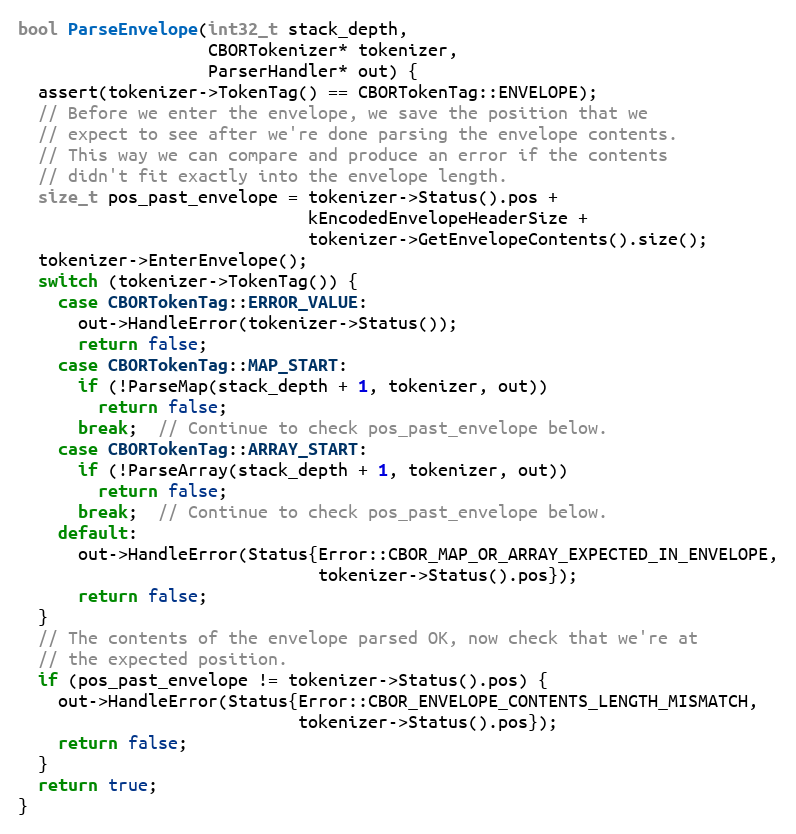
Language: C++
bool ParseEnvelope(int32_t stack_depth,
                   CBORTokenizer* tokenizer,
                   ParserHandler* out) {
  assert(tokenizer->TokenTag() == CBORTokenTag::ENVELOPE);
  // Before we enter the envelope, we save the position that we
  // expect to see after we're done parsing the envelope contents.
  // This way we can compare and produce an error if the contents
  // didn't fit exactly into the envelope length.
  size_t pos_past_envelope = tokenizer->Status().pos +
                             kEncodedEnvelopeHeaderSize +
                             tokenizer->GetEnvelopeContents().size();
  tokenizer->EnterEnvelope();
  switch (tokenizer->TokenTag()) {
    case CBORTokenTag::ERROR_VALUE:
      out->HandleError(tokenizer->Status());
      return false;
    case CBORTokenTag::MAP_START:
      if (!ParseMap(stack_depth + 1, tokenizer, out))
        return false;
      break;  // Continue to check pos_past_envelope below.
    case CBORTokenTag::ARRAY_START:
      if (!ParseArray(stack_depth + 1, tokenizer, out))
        return false;
      break;  // Continue to check pos_past_envelope below.
    default:
      out->HandleError(Status{Error::CBOR_MAP_OR_ARRAY_EXPECTED_IN_ENVELOPE,
                              tokenizer->Status().pos});
      return false;
  }
  // The contents of the envelope parsed OK, now check that we're at
  // the expected position.
  if (pos_past_envelope != tokenizer->Status().pos) {
    out->HandleError(Status{Error::CBOR_ENVELOPE_CONTENTS_LENGTH_MISMATCH,
                            tokenizer->Status().pos});
    return false;
  }
  return true;
}